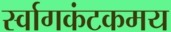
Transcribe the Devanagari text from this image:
र्स्वागकंटकमय